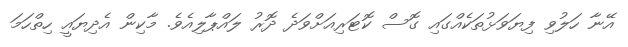
އޭނާ ހަލުވި ފިޔަވަޅުތަކެއްގައި ގޮސް ކޮޓަރިއަށްވަދެ ދޮރު ލައްޕާލިއެވެ. މާކިން އެދިޔައީ ހިތްހަމަ